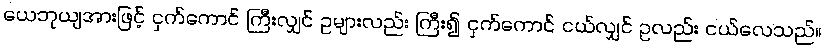
ယေဘုယျအားဖြင့် ငှက်ကောင် ကြီးလျှင် ဥများလည်း ကြီး၍ ငှက်ကောင် ငယ်လျှင် ဥလည်း ငယ်လေသည်။